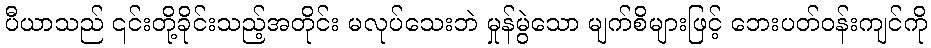
ပီယာသည် ၎င်းတို့ခိုင်းသည့်အတိုင်း မလုပ်သေးဘဲ မှုန်မွဲသော မျက်စိများဖြင့် ဘေးပတ်ဝန်းကျင်ကို